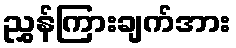
ညွှန်ကြားချက်အား